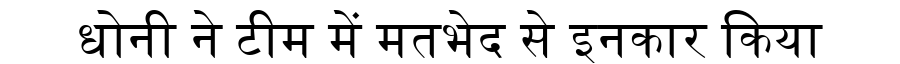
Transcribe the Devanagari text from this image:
धोनी ने टीम में मतभेद से इनकार किया